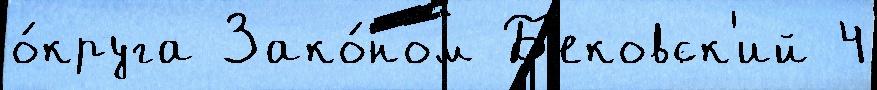
о́круга Зако́ном Б'ековск'ий 4